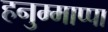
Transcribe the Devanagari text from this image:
हनुम्माप्पा